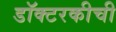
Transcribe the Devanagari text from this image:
डॉक्टरकीची